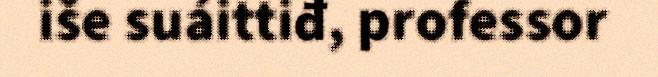
iše suáittiđ, professor